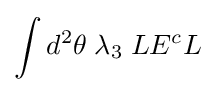
\int d^{2}\theta \;\lambda _{3}\;LE^{c}L